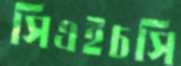
সিএইচসি